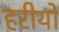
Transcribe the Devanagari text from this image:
हरीयो